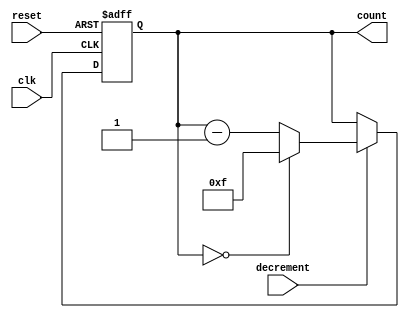
module DecrementalCounter #(
    parameter MAX_COUNT = 15 // Maximum count value (0 to MAX_COUNT)
)(
    input wire clk,           // Clock signal
    input wire reset,         // Asynchronous reset signal
    input wire decrement,      // Decrement control signal
    output reg [log2(MAX_COUNT):0] count // Current counter value
);

// Function to calculate the log base 2 of MAX_COUNT
function integer log2;
    input integer value;
    begin
        log2 = 0;
        while (2**log2 < value) begin
            log2 = log2 + 1;
        end
    end
endfunction

// Initializing count value
initial begin
    count = MAX_COUNT; // Start from the maximum count value
end

// Always block triggered on clock edge
always @(posedge clk or posedge reset) begin
    if (reset) begin
        count <= MAX_COUNT; // Asynchronous reset to maximum value
    end else if (decrement) begin
        if (count == 0) begin
            count <= MAX_COUNT; // Wrap around to maximum value
        end else begin
            count <= count - 1; // Decrement the counter
        end
    end
end

endmodule